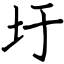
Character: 圩